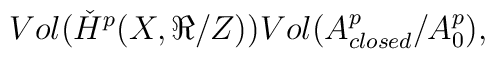
Vol(\check{H}^p(X,\Re{}/Z))Vol(A^p_{closed}/A^p_0),